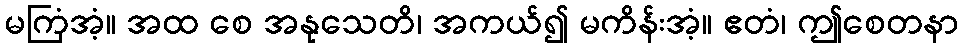
မကြံအံ့။ အထ စေ အနုသေတိ၊ အကယ်၍ မကိန်းအံ့။ ဧတံ၊ ဤစေတနာ